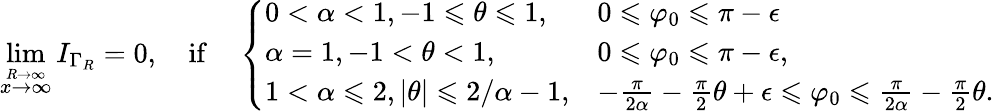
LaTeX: \operatorname*{lim}_{\stackrel{R\to\infty}{x\to\infty}}I_{\Gamma_{R}}=0,\quad\mathrm{if}\quad\left\{ \begin{array}{ll}{0<\alpha<1,-1\leqslant\theta\leqslant 1,}&{0\leqslant\varphi_{0}\leqslant\pi-\epsilon}\\ {\alpha=1,-1<\theta<1,}&{0\leqslant\varphi_{0}\leqslant\pi-\epsilon,}\\ {1<\alpha\leqslant 2,|\theta|\leqslant 2/\alpha-1,}&{-\frac{\pi}{2\alpha}-\frac{\pi}{2}\theta+\epsilon\leqslant\varphi_{0}\leqslant\frac{\pi}{2\alpha}-\frac{\pi}{2}\theta.}\end{array}\right.